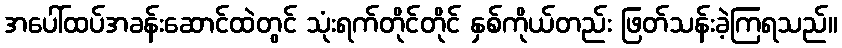
အပေါ်ထပ်အခန်းဆောင်ထဲတွင် သုံးရက်တိုင်တိုင် နှစ်ကိုယ်တည်း ဖြတ်သန်းခဲ့ကြရသည်။